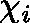
\mathbf { \chi } _ { i }